Indian journal of veterinary science and animal husbandry - Volumes 22-23, 1952-1953
Year: 1952
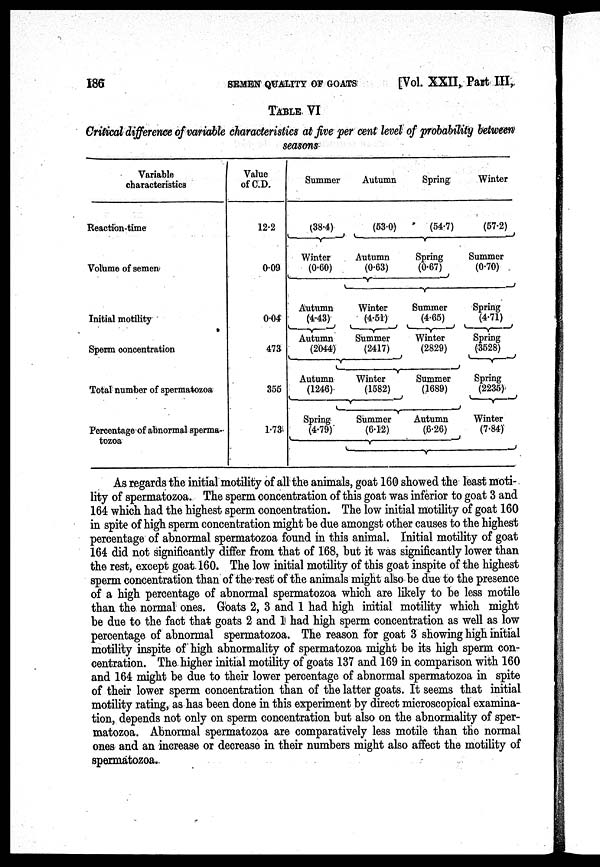
186
SEMEN
QUALITY
OF
GOATS
[Vol. XXII, Part III,
TABLE, VI
Critical difference of variable characteristics at five per cent level of probability between
seasons
Variable
characteristics
Reaction-time
Volume of semen
Initial motility
Sperm concentration
Total number of spermatozoa
Percentage of abnormal sperma-
tozoa
Value
of C.D.
12.2
0.09
0.04
473
355
1.73
Summer
(38.4)
Winter
(0.60)
Autumn
(4.43)
Autumn
(2044)
Autumn
(1246)
Spring
(4.79)
Autumn
(53.0)
Autumn
(0.63)
Winter
(4.51)
Summer
(2417)
Winter
(1582)
Summer
(6.12)
Spring
(54.7)
Spring
(0.67)
Summer
(4.65)
Winter
(2829)
Summer
(1689)
Autumn
(6.26)
Winter
(57.2)
Summer
(0.70)
Spring
(4.71)
Spring
(3528)
Spring
(2235)
Winter
(7.84)
As regards the initial motility of all the animals, goat 160 showed the least moti-
lity of spermatozoa. The sperm concentration of this goat was inferior to goat 3 and
164 which had the highest sperm concentration. The low initial motility of goat 160
in spite of high sperm concentration might be due amongst other causes to the highest
percentage of abnormal spermatozoa found in this animal. Initial motility of goat
164 did not significantly differ from that of 168, but it was significantly lower than
the rest, except goat. 160. The low initial motility of this goat inspite of the highest
sperm concentration than of the rest of the animals might also be due to the presence
of a high percentage of abnormal spermatozoa which are likely to be less motile
than the normal ones. Goats 2, 3 and 1 had high initial motility which might
be due to the fact that goats 2 and 1 had high sperm concentration as well as low
percentage of abnormal spermatozoa. The reason for goat 3 showing high initial
motility inspite of high abnormality of spermatozoa might be its high sperm con-
centration. The higher initial motility of goats 137 and 169 in comparison with 160
and 164 might be due to their lower percentage of abnormal spermatozoa in spite
of their lower sperm concentration than of the latter goats. It seems that initial
motility rating, as has been done in this experiment by direct microscopical examina-
tion, depends not only on sperm concentration but also on the abnormality of sper-
matozoa. Abnormal spermatozoa are comparatively less motile than the normal
ones and an increase or decrease in their numbers might also affect the motility of
spermatozoa.